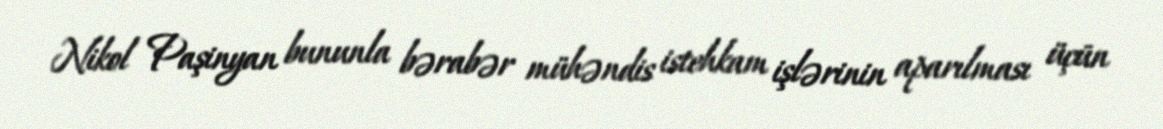
Nikol Paşinyan bununla bərabər mühəndis istehkam işlərinin aparılması üçün